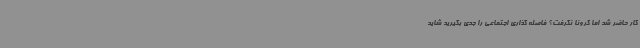
کار حاضر شد اما کرونا نگرفت؟ فاصله گذاری اجتماعی را جدی بگیرید شاید